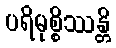
ပရိမုစ္စိဿန္တိ